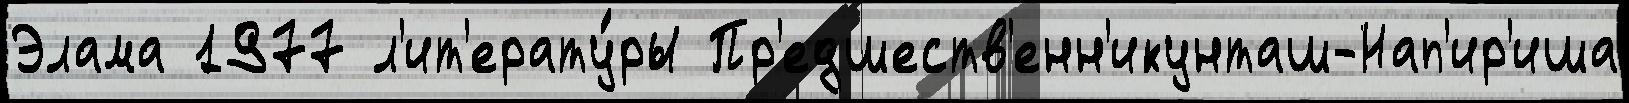
Элама 1977 л'ит'ерату́ры Пр'едшеств'енн'икунташ-Нап'ир'иша